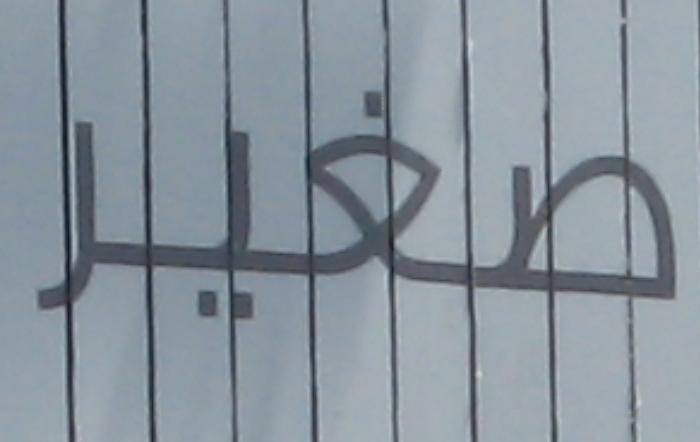
مغير